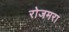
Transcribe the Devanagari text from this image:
रोजमरा